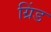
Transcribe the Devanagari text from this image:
ग्रिंड